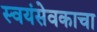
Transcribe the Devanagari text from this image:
स्वयंसेवकाचा